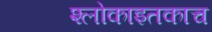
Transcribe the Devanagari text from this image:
श्लोकाइतकाच